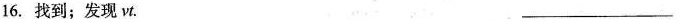
16. 找到；发现vt. ___